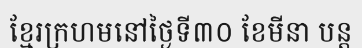
ខ្មែរក្រហមនៅថ្ងៃទី៣០ ខែមីនា បន្ត